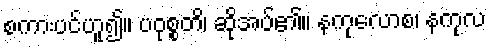
စကားပင်ဟူ၍။ ပဝုစ္စတိ၊ ဆိုအပ်၏။ နကုလောစ၊ နကုလ